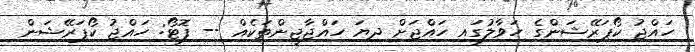
ހައްޖު ކޯޕަރޭޝަންގެ ހަވާލުގައި ހައްޖަށް ދިޔަ ހައްޖާޖީންތަކެއް -- ފޮޓޯ: ހައްޖު ކޯޕަރޭޝަން